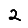
Digit: 2